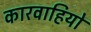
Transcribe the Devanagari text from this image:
कारवाहियों